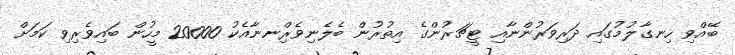
ބޭއްވި ހިނގާލުމުގައި ދަރިވަރުންނާއި ޓީޗަރުންގެ އިތުުރުން ބެލެނިވެރިްނނާއެކު 20000 މީހުން ބައިވެރިވި ކަމަށް